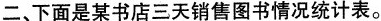
二、下面是某书店三天销售图书情况统计表。